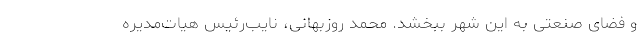
و فضای صنعتی به این شهر ببخشد. محمد روزبهانی، نایب‌رئیس هیات‌‌مدیره